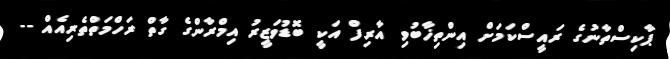
ޕާކިސްތާނުގެ ރައީސްކަމަށް އިންތިޚާބުވި އާރިފް އަކީ ބޮޑުވަޒީރު އިމްރާންގެ ގާތް ރަހްމަތްތެރިއެއް --